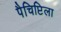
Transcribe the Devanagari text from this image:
पैचिप्टिला